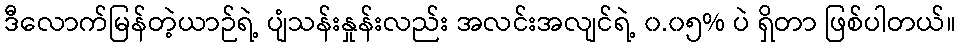
ဒီလောက်မြန်တဲ့ယာဉ်ရဲ့ ပျံသန်းနှုန်းလည်း အလင်းအလျင်ရဲ့ ၀.၀၅% ပဲ ရှိတာ ဖြစ်ပါတယ်။